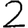
Digit: 2